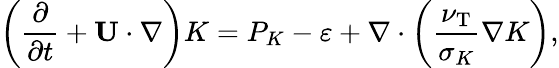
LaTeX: \left({\frac{\partial}{\partial t}+{\mathbf{U}}\cdot\nabla}\right)K=P_{K}-\varepsilon+\nabla\cdot\left({\frac{\nu_{\mathrm{{T}}}}{\sigma_{K}}\nabla K}\right),